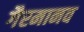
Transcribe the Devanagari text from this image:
गैरमानव